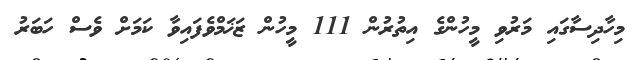
މިހާދިސާގައި މަރުވި މީހުންގެ އިތުރުން 111 މީހުން ޒަޚަމްވެފައިވާ ކަމަށް ވެސް ހަބަރު